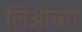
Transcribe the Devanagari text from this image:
लिओच्या